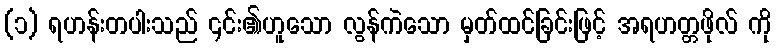
(၁) ရဟန်းတပါးသည် ၎င်း၏ဟူသော လွန်ကဲသော မှတ်ထင်ခြင်းဖြင့် အရဟတ္တဖိုလ် ကို